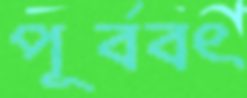
পূর্ববৎ